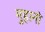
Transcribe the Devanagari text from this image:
मुहानो